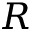
R